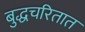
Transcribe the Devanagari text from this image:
बुद्धचरितात